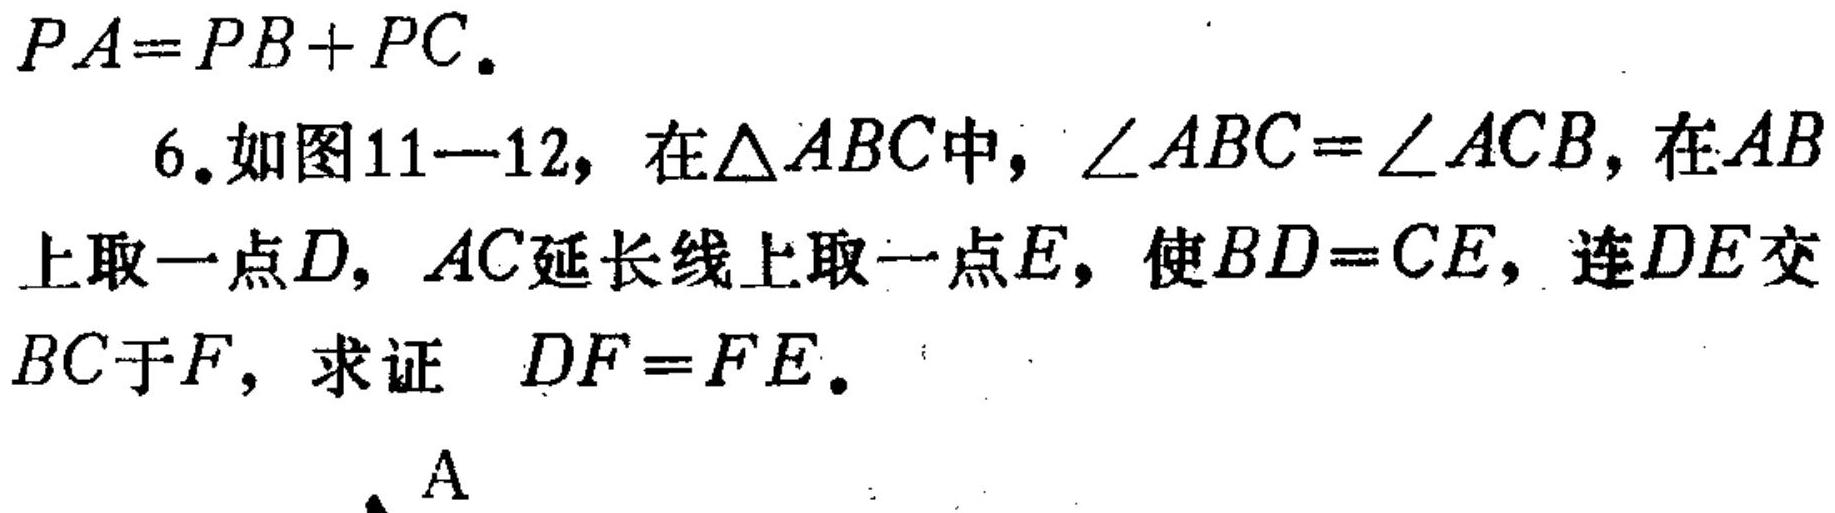
\(PA = PB + PC\).
6. 如图11—12，在\(\triangle ABC\)中，\(\angle ABC=\angle ACB\)，在\(AB\)
上取一点\(D\)，\(AC\)延长线上取一点\(E\)，使\(BD = CE\)，连\(DE\)交
\(BC\)于\(F\)，求证 \(DF = FE\).